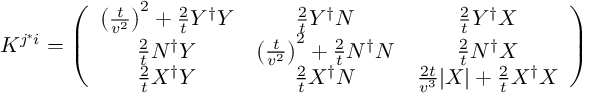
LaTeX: K ^ { j ^ { * } i } = \left( \begin{array} { c c c } { { \left( \frac { t } { v ^ { 2 } } \right) ^ { 2 } + \frac { 2 } { t } Y ^ { \dag } Y } } & { { \frac { 2 } { t } Y ^ { \dag } N } } & { { \frac { 2 } { t } Y ^ { \dag } X } } \\ { { \frac { 2 } { t } N ^ { \dag } Y } } & { { \left( \frac { t } { v ^ { 2 } } \right) ^ { 2 } + \frac { 2 } { t } N ^ { \dag } N } } & { { \frac { 2 } { t } N ^ { \dag } X } } \\ { { \frac { 2 } { t } X ^ { \dag } Y } } & { { \frac { 2 } { t } X ^ { \dag } N } } & { { \frac { 2 t } { v ^ { 3 } } | X | + \frac { 2 } { t } X ^ { \dag } X } } \end{array} \right)